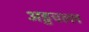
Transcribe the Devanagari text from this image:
अड्डचल्ल